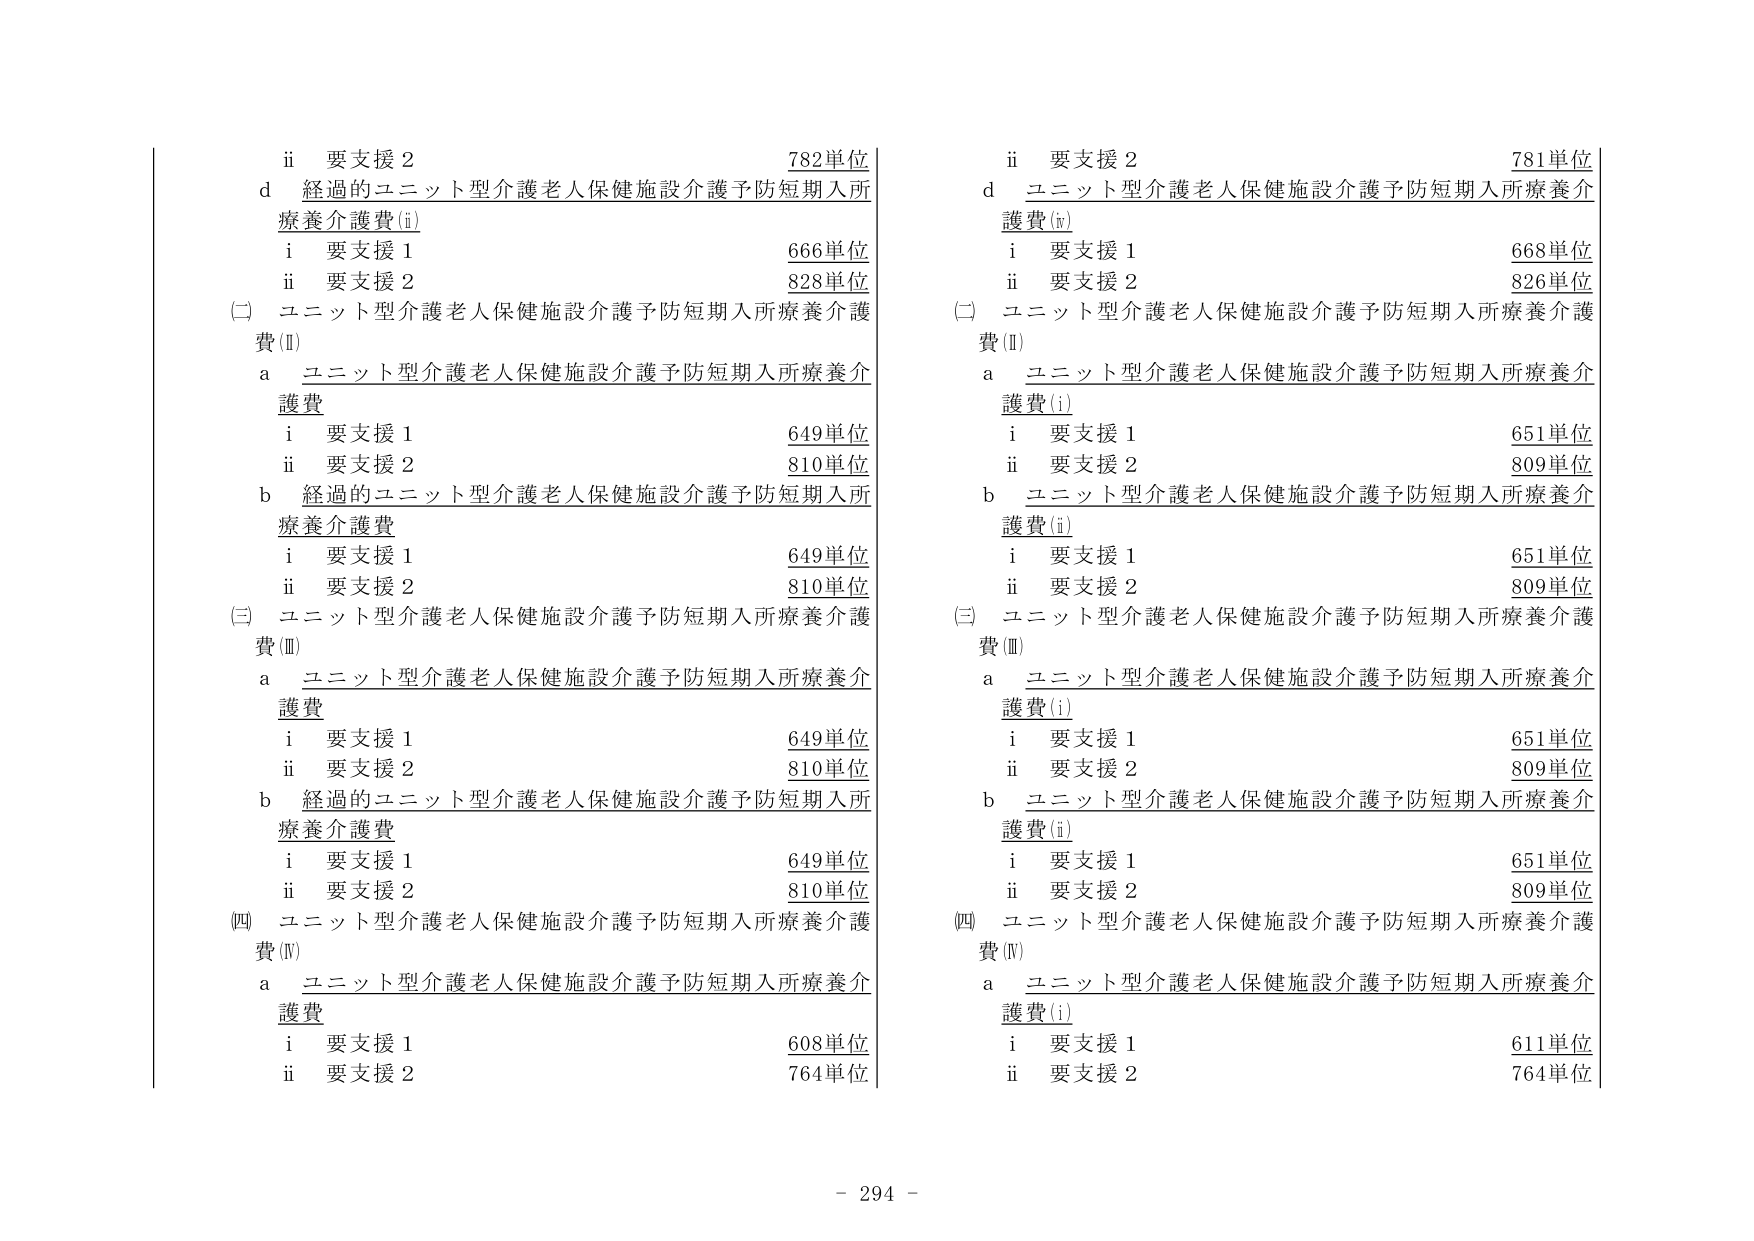
ii 要支援２ 782単位
d 経過的ユニット型介護老人保健施設介護予防短期入所療養介護費(i)
　i 要支援１ 666単位
　ii 要支援２ 828単位
(二) ユニット型介護老人保健施設介護予防短期入所療養介護費(Ⅱ)
　a ユニット型介護老人保健施設介護予防短期入所療養介護費
　　i 要支援１ 649単位
　　ii 要支援２ 810単位
　b 経過的ユニット型介護老人保健施設介護予防短期入所療養介護費
　　i 要支援１ 649単位
　　ii 要支援２ 810単位
(三) ユニット型介護老人保健施設介護予防短期入所療養介護費(Ⅲ)
　a ユニット型介護老人保健施設介護予防短期入所療養介護費
　　i 要支援１ 649単位
　　ii 要支援２ 810単位
　b 経過的ユニット型介護老人保健施設介護予防短期入所療養介護費
　　i 要支援１ 649単位
　　ii 要支援２ 810単位
(四) ユニット型介護老人保健施設介護予防短期入所療養介護費(Ⅳ)
　a ユニット型介護老人保健施設介護予防短期入所療養介護費
　　i 要支援１ 608単位
　　ii 要支援２ 764単位

ii 要支援２ 781単位
d ユニット型介護老人保健施設介護予防短期入所療養介護費(ⅳ)
　i 要支援１ 668単位
　ii 要支援２ 826単位
(二) ユニット型介護老人保健施設介護予防短期入所療養介護費(Ⅱ)
　a ユニット型介護老人保健施設介護予防短期入所療養介護費(i)
　　i 要支援１ 651単位
　　ii 要支援２ 809単位
　b ユニット型介護老人保健施設介護予防短期入所療養介護費(i)
　　i 要支援１ 651単位
　　ii 要支援２ 809単位
(三) ユニット型介護老人保健施設介護予防短期入所療養介護費(Ⅲ)
　a ユニット型介護老人保健施設介護予防短期入所療養介護費(i)
　　i 要支援１ 651単位
　　ii 要支援２ 809単位
　b ユニット型介護老人保健施設介護予防短期入所療養介護費(i)
　　i 要支援１ 651単位
　　ii 要支援２ 809単位
(四) ユニット型介護老人保健施設介護予防短期入所療養介護費(Ⅳ)
　a ユニット型介護老人保健施設介護予防短期入所療養介護費(i)
　　i 要支援１ 611単位
　　ii 要支援２ 764単位

- 294 -